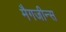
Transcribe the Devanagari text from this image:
मैगजीन्स